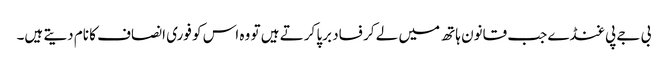
بی جے پی غنڈے جب قانون ہاتھ میں لے کر فساد برپا کرتے ہیں تو وہ اس کو فوری انصاف کا نام دیتے ہیں۔